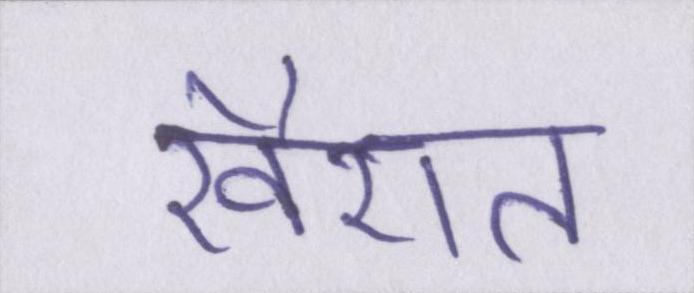
खैरात